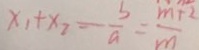
x _ { 1 } + x _ { 2 } = \frac { b } { a } = \frac { m + 2 } { m }